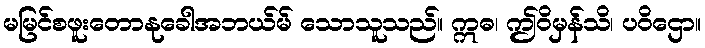
မမြင်စဖူးတောနုခေါအဘယ်မ် သောသူသည်။ ဣဓ၊ ဤဝိမှန်သိ၊ ပဝိဌော။